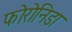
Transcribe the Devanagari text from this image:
फोरोनिडा